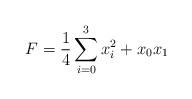
LaTeX: \begin{align*} F = \frac{1}{4} \sum_{i = 0}^{3} x_i^2 + x_0 x_1\end{align*}